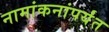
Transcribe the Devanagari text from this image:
नामांकनांपर्यंत